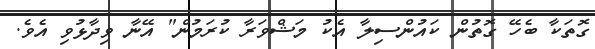
ގޮތަކާ ބެހޭ ގޮތުން ކައުންސިލާ އެކު މަޝްވަރާ ކުރަމުން" އޭނާ ވިދާޅުވި އެވެ.